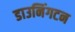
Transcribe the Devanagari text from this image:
डाउनिंगटन